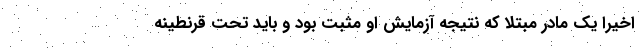
اخیرا یک مادر مبتلا که نتیجه آزمایش او مثبت بود و باید تحت قرنطینه